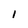
Character: I